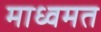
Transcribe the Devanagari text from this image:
माध्वमत